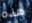
هذه